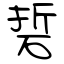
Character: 硩